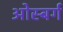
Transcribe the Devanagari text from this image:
ओस्बर्ग